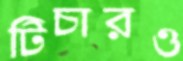
টিচারও